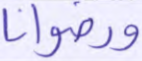
ورضوانا